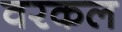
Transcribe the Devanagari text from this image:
वरकल